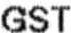
GST